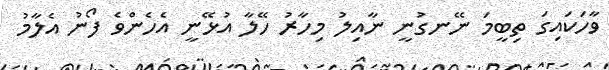
ވާހަކައިގަ ތިބީމަ ނޭނގުނީ ނާއިލު މިހާރު ހޭލާ އުޅޭނީ އެހެންވެ ފޯނު އެލާމު